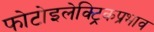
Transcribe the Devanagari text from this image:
फोटोइलेक्ट्रिकप्रभाव